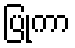
ပြုကာ